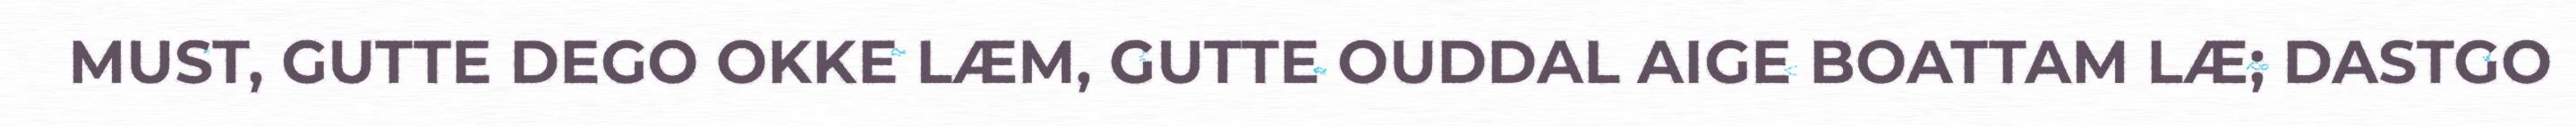
MUST, GUTTE DEGO OKKE LÆM, GUTTE OUDDAL AIGE BOATTAM LÆ; DASTGO